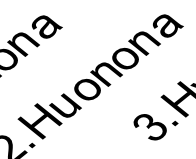
. H a u o n o n 3 a